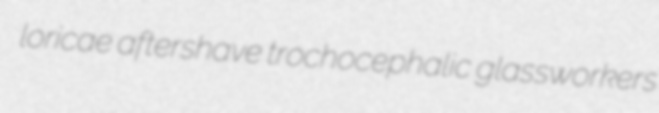
loricae aftershave trochocephalic glassworkers